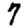
Digit: 7